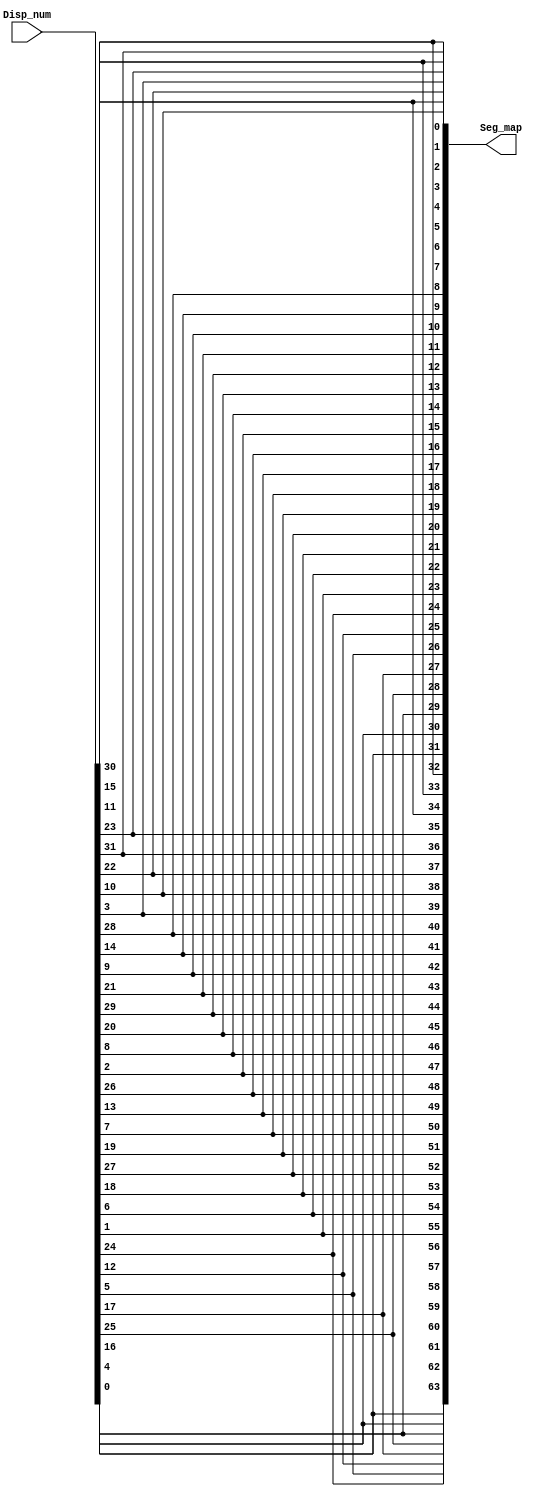
module SSeg_map(input[63:0]Disp_num, 
                output[63:0]Seg_map
					 );

   assign Seg_map = {Disp_num[0], Disp_num[4],  Disp_num[16], Disp_num[25], Disp_num[17], Disp_num[5],  Disp_num[12], Disp_num[24], 							 
							Disp_num[1], Disp_num[6],  Disp_num[18], Disp_num[27], Disp_num[19], Disp_num[7],  Disp_num[13], Disp_num[26], 
							Disp_num[2], Disp_num[8],  Disp_num[20], Disp_num[29], Disp_num[21], Disp_num[9],  Disp_num[14], Disp_num[28], 
							Disp_num[3], Disp_num[10], Disp_num[22], Disp_num[31], Disp_num[23], Disp_num[11], Disp_num[15], Disp_num[30],
							                                                                                   
							Disp_num[0], Disp_num[4],  Disp_num[16], Disp_num[25], Disp_num[17], Disp_num[5],  Disp_num[12], Disp_num[24], 
							Disp_num[1], Disp_num[6],  Disp_num[18], Disp_num[27], Disp_num[19], Disp_num[7],  Disp_num[13], Disp_num[26], 
							Disp_num[2], Disp_num[8],  Disp_num[20], Disp_num[29], Disp_num[21], Disp_num[9],  Disp_num[14], Disp_num[28], 
							Disp_num[3], Disp_num[10], Disp_num[22], Disp_num[31], Disp_num[23], Disp_num[11], Disp_num[15], Disp_num[30]};
	
   
endmodule